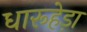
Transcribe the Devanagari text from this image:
धारूहेड़ा